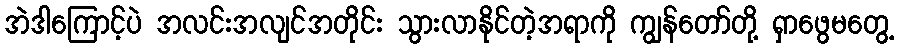
အဲဒါကြောင့်ပဲ အလင်းအလျင်အတိုင်း သွားလာနိုင်တဲ့အရာကို ကျွန်တော်တို့ ရှာဖွေမတွေ့